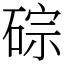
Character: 碂